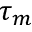
\tau _ { m }